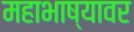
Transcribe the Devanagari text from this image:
महाभाष्यावर